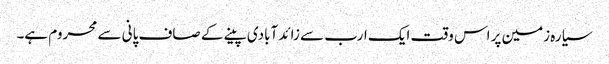
سیارہ زمین پر اس وقت ایک ارب سے زائد آبادی پینے کے صاف پانی سے محروم ہے۔